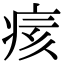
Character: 痎